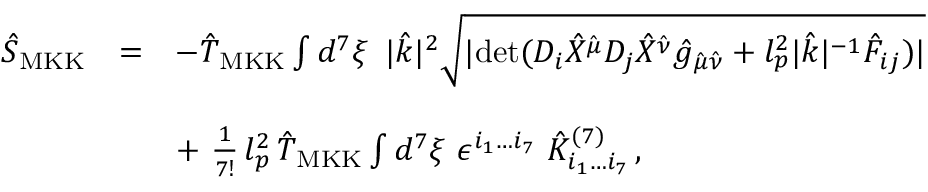
\begin{array} { r c l } { { { \hat { S } } _ { \mathrm { M K K } } } } & { { = } } & { { - { \hat { T } } _ { \mathrm { M K K } } \int d ^ { 7 } \xi \, \, \, | { \hat { k } } | ^ { 2 } \sqrt { | \mathrm { d e t } ( D _ { i } { \hat { X } } ^ { { \hat { \mu } } } D _ { j } { \hat { X } } ^ { { \hat { \nu } } } { \hat { g } } _ { { \hat { \mu } } { \hat { \nu } } } + l _ { p } ^ { 2 } | { \hat { k } } | ^ { - 1 } { \hat { \cal F } _ { i j } } ) | } } } \\ { { } } & { { } } & { { } } \\ { { } } & { { } } & { { + \, \, { \frac { 1 } { 7 ! } } \, l _ { p } ^ { 2 } \, { \hat { T } } _ { \mathrm { M K K } } \int d ^ { 7 } \xi \, \, \epsilon ^ { i _ { 1 } \dots i _ { 7 } } \, \, { \hat { \cal K } } _ { i _ { 1 } \dots i _ { 7 } } ^ { ( 7 ) } \, , } } \end{array}